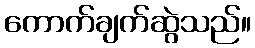
ကောက်ချက်ဆွဲသည်။